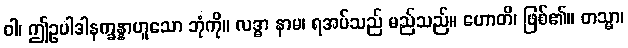
ဝါ၊ ဤဥပါဒါနက္ခန္နာဟူသော ဘုံကို။ လဒ္ဓာ နာမ၊ ရအပ်သည် မည်သည်။ ဟောတိ၊ ဖြစ်၏။ တသ္မာ၊